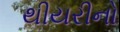
થીયરીનો